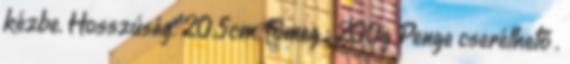
kézbe. Hosszúság. 20.5cm Tömeg : 200g Penge cserélhető .